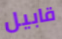
قابيل